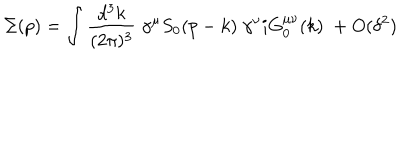
\Sigma ( p ) = \int { \frac { d ^ { 3 } k } { ( 2 \pi ) ^ { 3 } } } \; \gamma ^ { \mu } S _ { 0 } ( p - k ) \; \gamma ^ { \nu } i G _ { 0 } ^ { \mu \nu } ( k ) \; + O ( \delta ^ { 2 } )